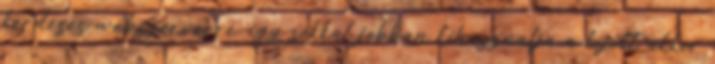
kerdeses webszerverre, igy sokkal jobban kihasznalja a lejott akkor